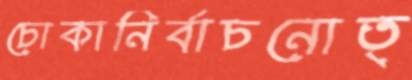
চোকানির্বাচনোত্